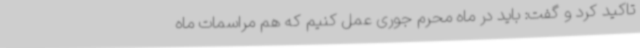
تاکید کرد و گفت: باید در ماه محرم جوری عمل کنیم که هم مراسمات ماه